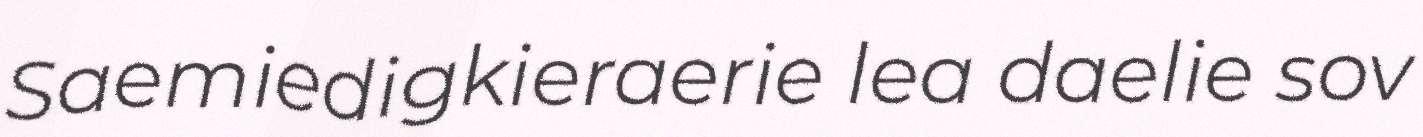
Saemiedigkieraerie lea daelie sov